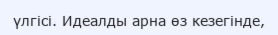
үлгісі. Идеалды арна өз кезегінде,